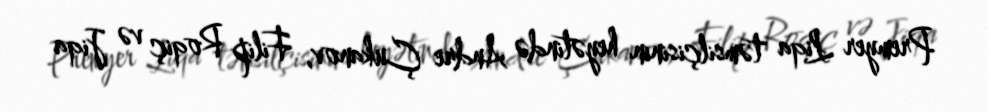
Premyer Liqa təmsilçisinin heyətində Andre Çukanov, Filip Roqiç və Jiqa